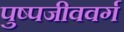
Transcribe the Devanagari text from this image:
पुष्पजीववर्ग